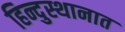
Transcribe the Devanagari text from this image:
हिन्दुस्थानात